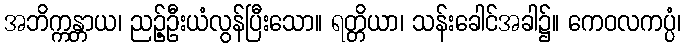
အဘိက္ကန္တာယ၊ ညဉ့်ဦးယံလွန်ပြီးသော။ ရတ္တိယာ၊ သန်းခေါင်အခါ၌။ ကေဝလကပ္ပံ၊